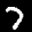
Label: 7